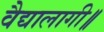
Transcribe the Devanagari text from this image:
वैद्यालागी॥